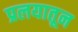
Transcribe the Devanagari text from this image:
प्रलयातून